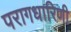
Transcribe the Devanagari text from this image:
परागधारिणी